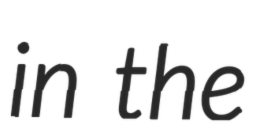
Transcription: in the